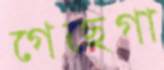
গেছেগা